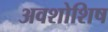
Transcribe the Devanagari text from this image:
अवशोशिष